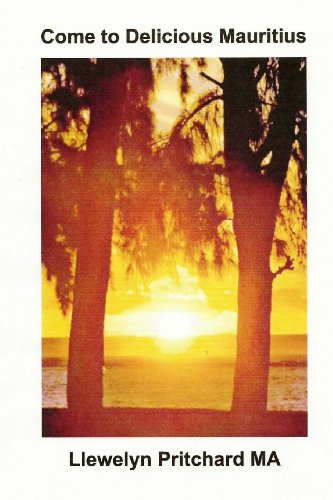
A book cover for Come to Delicious Mauritius: Relax and unwind (Album Fotografici) (Volume 19) (Italian Edition); Llewelyn Pritchard MA; Travel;